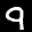
Label: 9